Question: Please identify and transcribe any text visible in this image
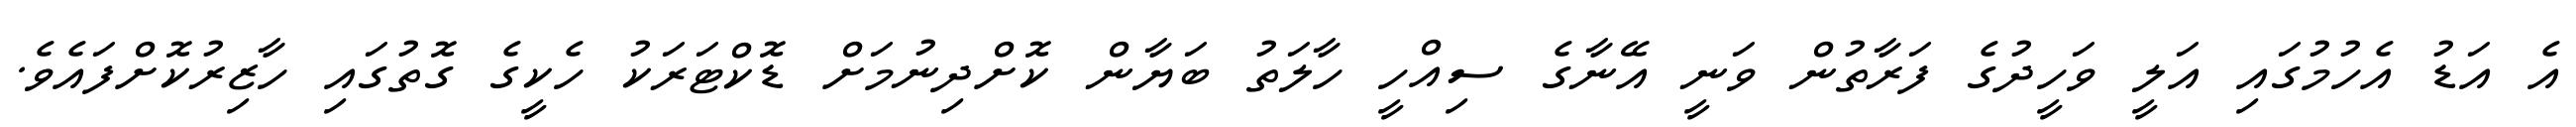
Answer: އެ އަޑު އެހުމުގައި އަލީ ވަހީދުގެ ފަރާތުން ވަނީ އޭނާގެ ސިއްހީ ހާލަތު ބަޔާން ކޮށްދިނުމަށް ޑޮކްޓަރަކު ހެކީގެ ގޮތުގައި ހާޒިރުކޮށްފައެވެ.